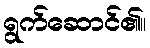
ရွက်ဆောင်၏။